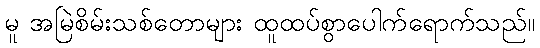
မူ အမြဲစိမ်းသစ်တောများ ထူထပ်စွာပေါက်ရောက်သည်။